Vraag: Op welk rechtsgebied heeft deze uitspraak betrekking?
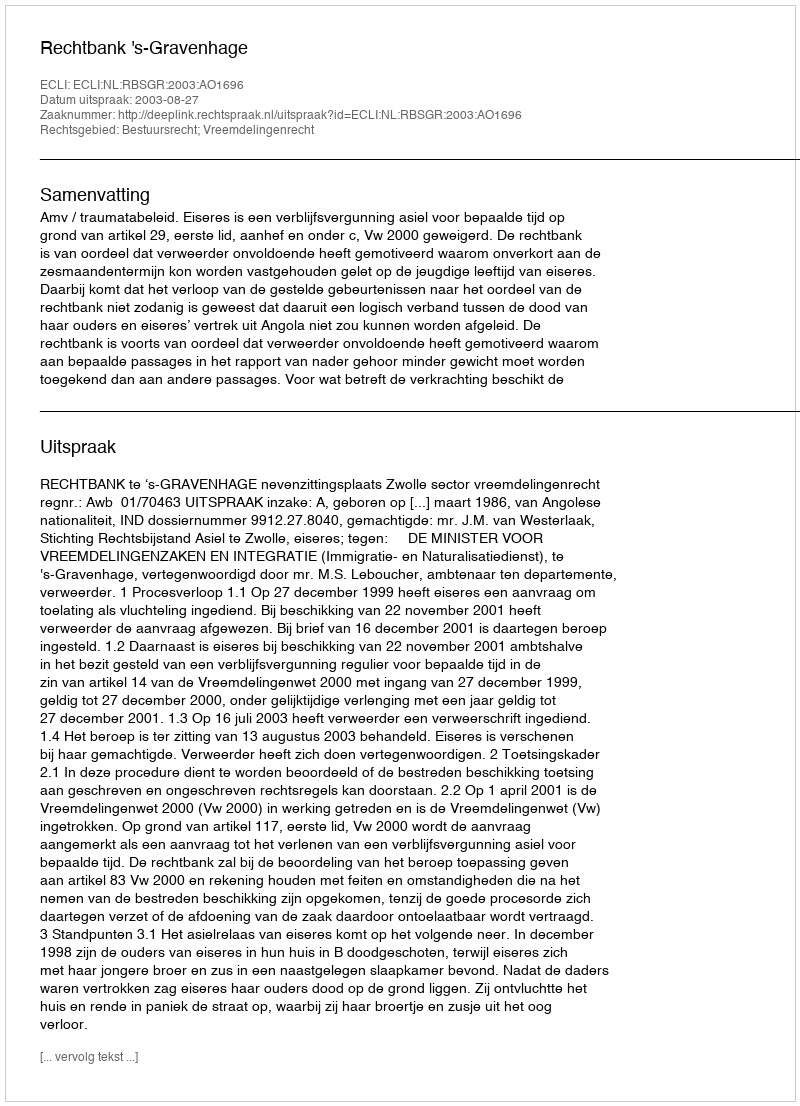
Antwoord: Bestuursrecht; Vreemdelingenrecht